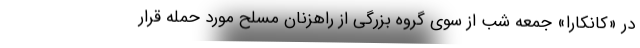
در «کانکارا» جمعه شب از سوی گروه بزرگی از راهزنان مسلح مورد حمله قرار